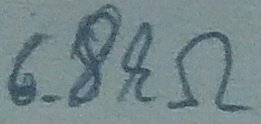
Text: 6.8kΩ